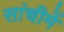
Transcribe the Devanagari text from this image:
सांचीमें